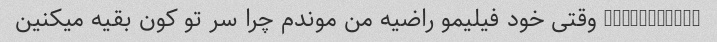
@amireyzed_ وقتی خود فیلیمو راضیه من موندم چرا سر تو کون بقیه میکنین